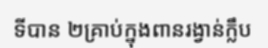
ទីបាន ២គ្រាប់ក្នុងពានរង្វាន់ក្លឹប